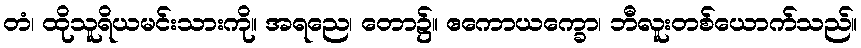
တံ၊ ထိုသူရိယမင်းသားကို။ အရညေ၊ တော၌။ ဧကောယက္ခော၊ ဘီလူးတစ်ယောက်သည်။